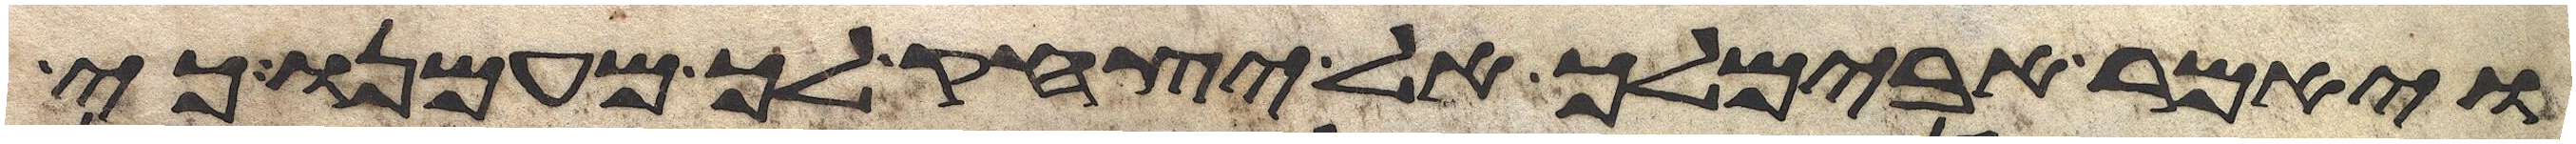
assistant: ויאמר אבימלך אל יצחק לך מעמנו כי